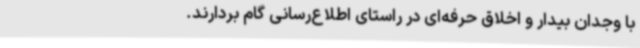
با وجدان بیدار و اخلاق حرفه‌ای در راستای اطلاع‌رسانی گام بردارند.